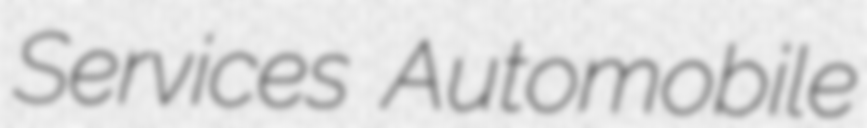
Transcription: Services Automobile